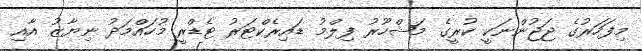
މިފަހަރުގެ ޖަޖުންނަކީ ކުރީގެ މަޝްހޫރު ފިލްމު ޑައިރެކްޓަރު ޓެޑްރީ މުހައްމަދު ނިޔާޒު އާއި